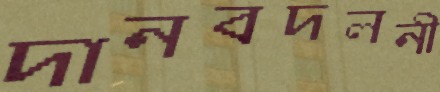
দানবদলনী